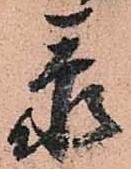
忝